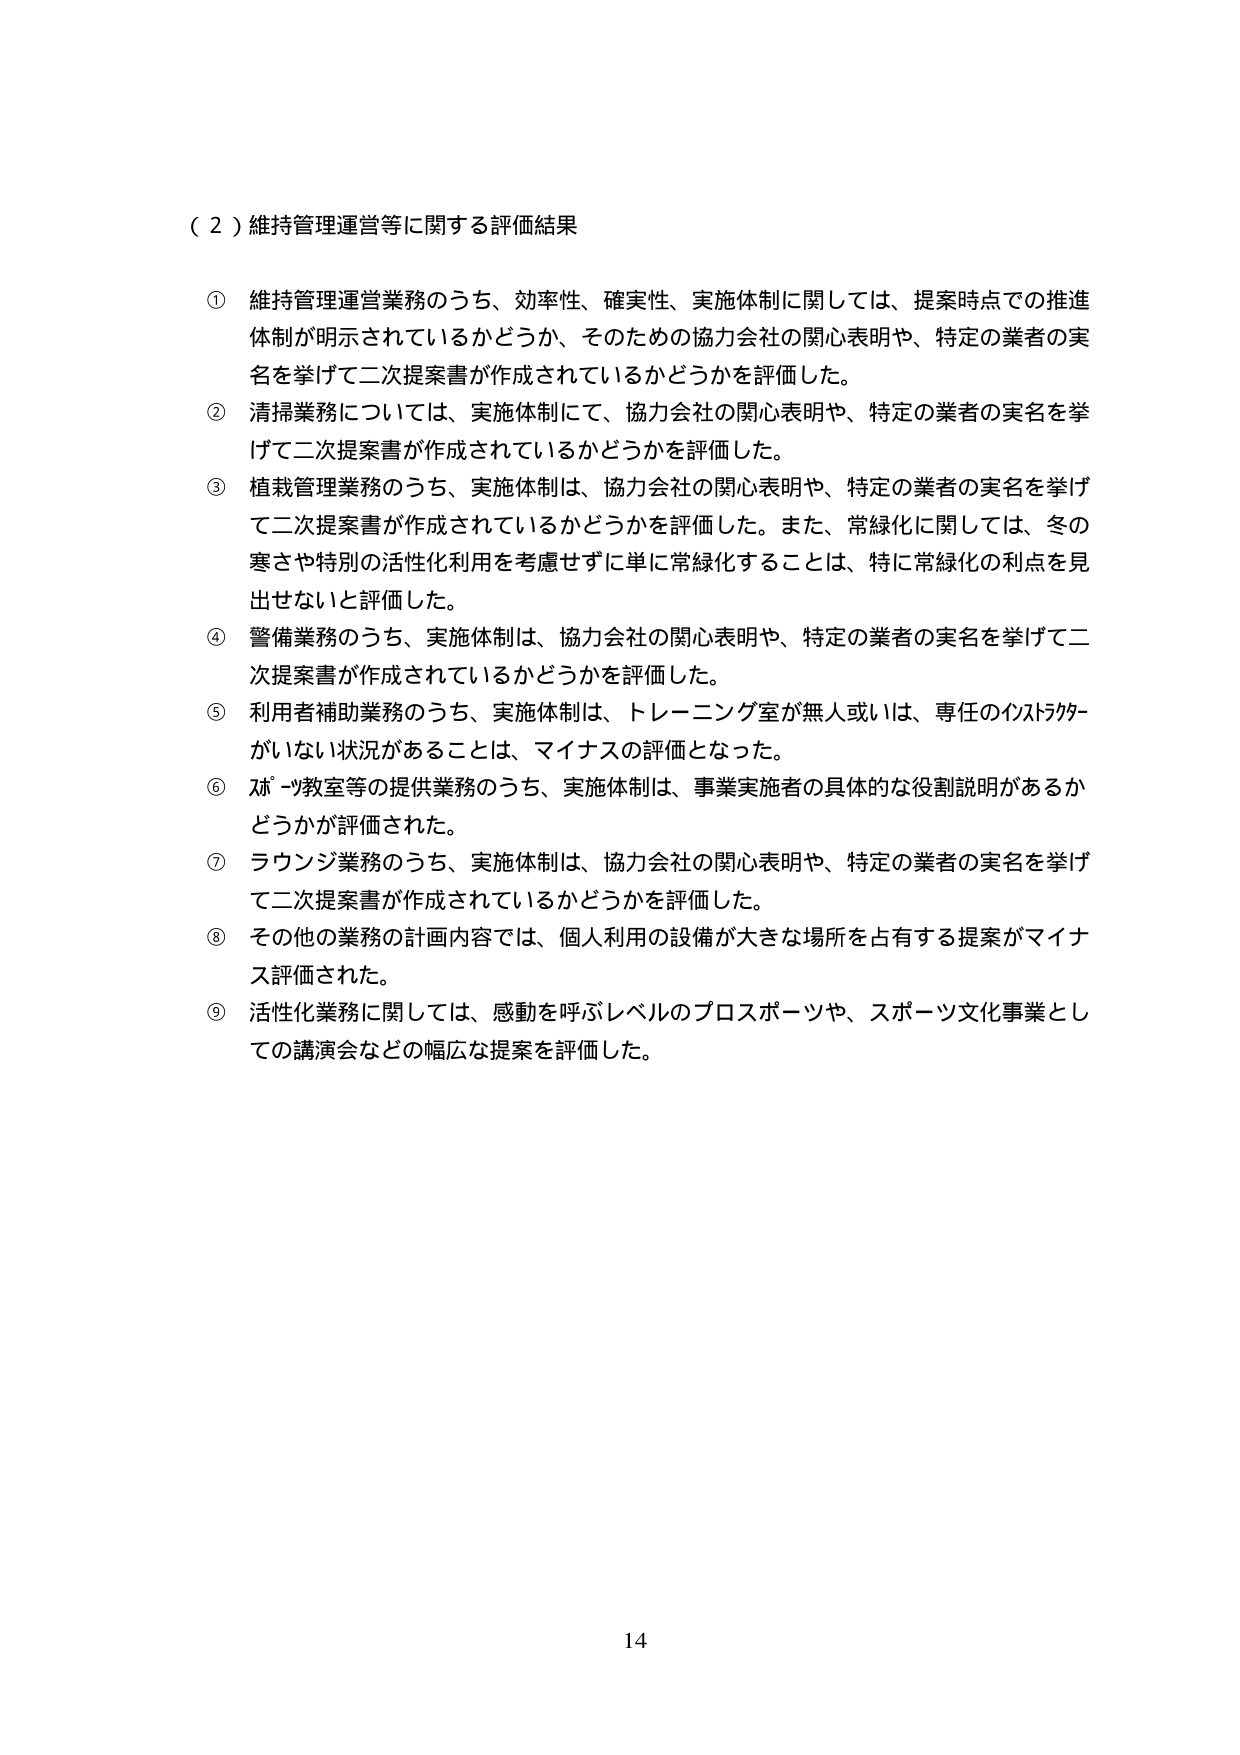
（２）維持管理運営等に関する評価結果

① 維持管理運営業務のうち、効率性、確実性、実施体制に関しては、提案時点での推進体制が明示されているかどうか、そのための協力会社の関心表明や、特定の業者の実名を挙げて二次提案書が作成されているかどうかを評価した。

② 清掃業務については、実施体制にて、協力会社の関心表明や、特定の業者の実名を挙げて二次提案書が作成されているかどうかを評価した。

③ 植栽管理業務のうち、実施体制は、協力会社の関心表明や、特定の業者の実名を挙げて二次提案書が作成されているかどうかを評価した。また、常緑化に関しては、冬の寒さや特別の活性化利用を考慮せずに単に常緑化することは、特に常緑化の利点を見出せないと評価した。

④ 警備業務のうち、実施体制は、協力会社の関心表明や、特定の業者の実名を挙げて二次提案書が作成されているかどうかを評価した。

⑤ 利用者補助業務のうち、実施体制は、トレーニング室が無人或いは、専任のインストラクターがいない状況があることは、マイナスの評価となった。

⑥ プーリング教室等の提供業務のうち、実施体制は、事業実施者の具体的な役割説明があるかどうかが評価された。

⑦ ラウンジ業務のうち、実施体制は、協力会社の関心表明や、特定の業者の実名を挙げて二次提案書が作成されているかどうかを評価した。

⑧ その他の業務の計画内容では、個人利用の設備が大きな場所を占有する提案がマイナス評価された。

⑨ 活性化業務に関しては、感動を呼ぶレベルのプロスポーツや、スポーツ文化事業としての講演会などの幅広な提案を評価した。

14